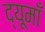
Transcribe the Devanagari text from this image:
द्यूमाँ